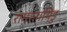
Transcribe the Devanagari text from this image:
रामानायिडु